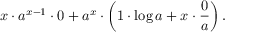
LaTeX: x \cdot a ^ { x - 1 } \cdot 0 + a ^ { x } \cdot \left( 1 \cdot \log a + x \cdot { \frac { 0 } { a } } \right) .